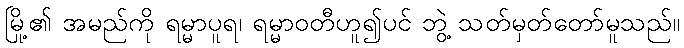
မြို့၏ အမည်ကို ရမ္မာပူရ၊ ရမ္မာဝတီဟူ၍ပင် ဘွဲ့ သတ်မှတ်တော်မူသည်။